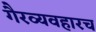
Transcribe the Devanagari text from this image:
गैरव्यवहारच